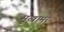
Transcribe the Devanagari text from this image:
मुखामर